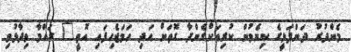
މެންދުރު ދަންފަޅީގެ ކިޔެވުން ކުރިއަށްގެންދާ ގޮތަށް އަދި ހަމަޖެހިފައި އޮތީ" ރަހްމާ ވިދާޅުވި